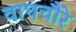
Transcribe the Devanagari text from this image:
वाघचौरे